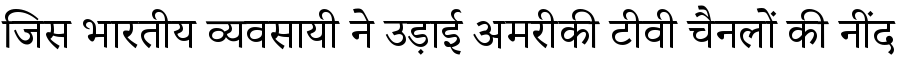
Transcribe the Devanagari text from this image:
जिस भारतीय व्यवसायी ने उड़ाई अमरीकी टीवी चैनलों की नींद